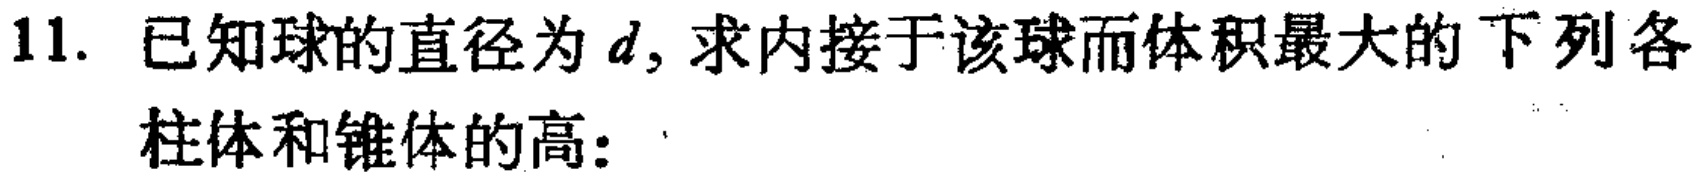
11. 已知球的直径为\(d\)，求内接于该球而体积最大的下列各
柱体和锥体的高：